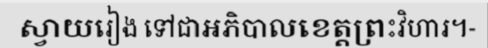
ស្វាយរៀង ទៅជាអភិបាលខេត្តព្រះវិហារ។-